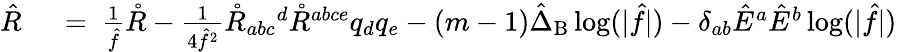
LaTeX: \begin{array}{rl}{\hat{R}\ }&{{}=\ \frac{1}{\hat{f}}\mathring{R}-\frac{1}{4\hat{f}^{2}}\mathring{R}_{abc}{}^{d}\mathring{R}^{abce}q_{d}q_{e}-(m-1)\hat{\Delta}_{\mathrm{B}}\log(|\hat{f}|)-\delta_{ab}\hat{E}^{a}\hat{E}^{b}\log(|\hat{f}|)}\end{array}